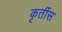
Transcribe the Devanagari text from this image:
कृतींस